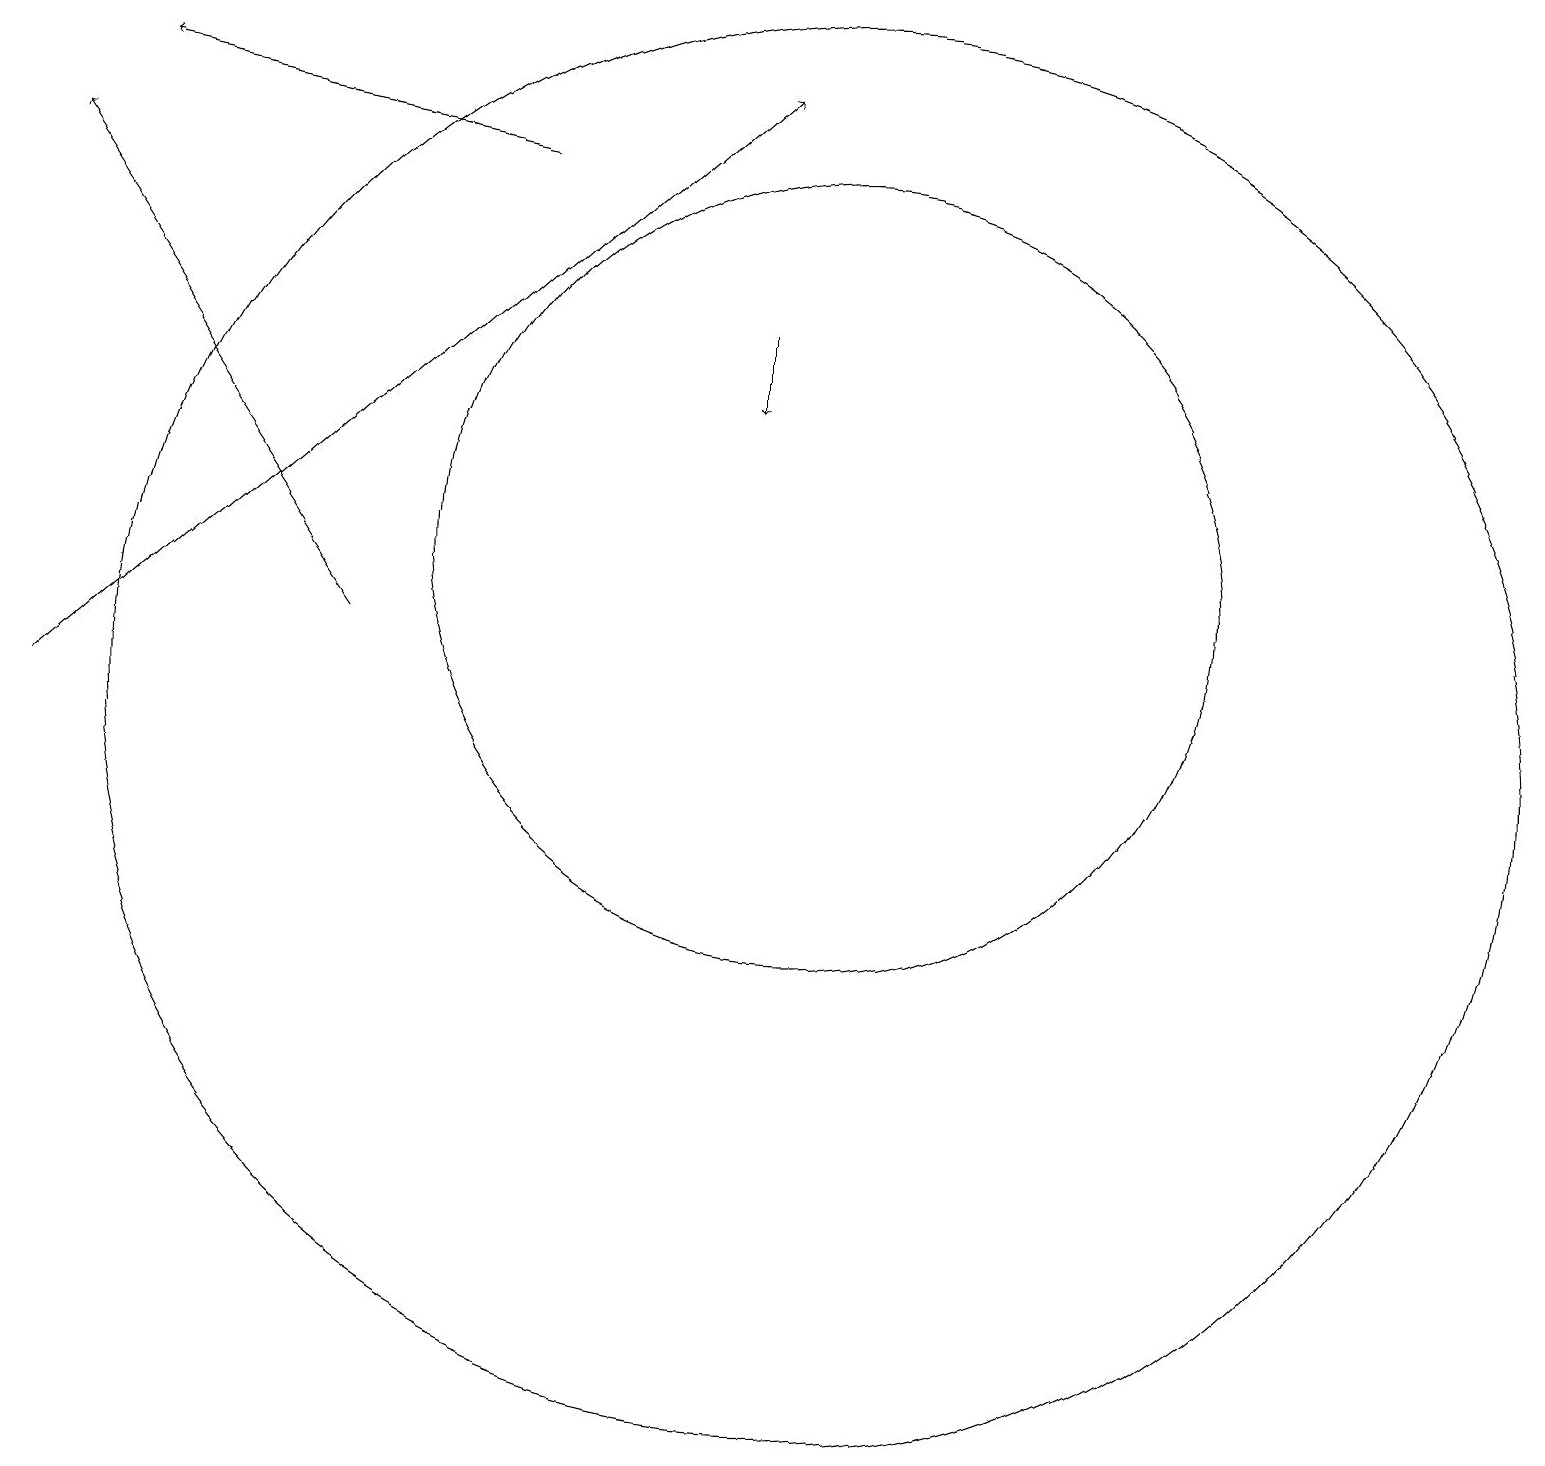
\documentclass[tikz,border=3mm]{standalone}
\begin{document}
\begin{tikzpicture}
\draw (10,12) circle (5);
\draw[->] (0,10) -- (9,18);
\draw[->] (9,15) -- (9,14);
\draw[->] (6,17) -- (1,18);
\draw[->] (4,11) -- (0,17);
\draw (10,10) circle (9);
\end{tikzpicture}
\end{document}